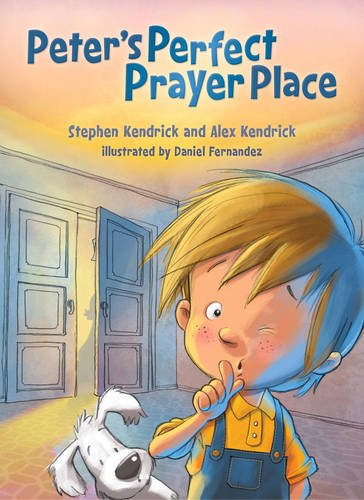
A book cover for Peter's Perfect Prayer Place; Stephen Kendrick; Christian Books & Bibles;